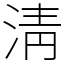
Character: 淸